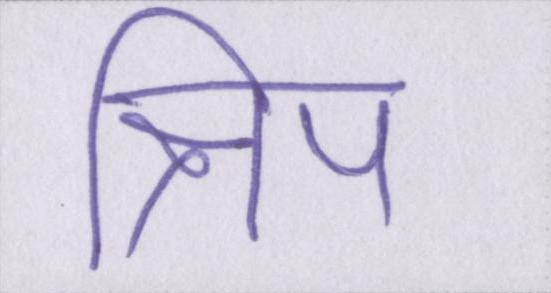
क्षिप